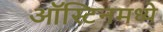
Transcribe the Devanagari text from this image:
ऑस्टिनमध्ये